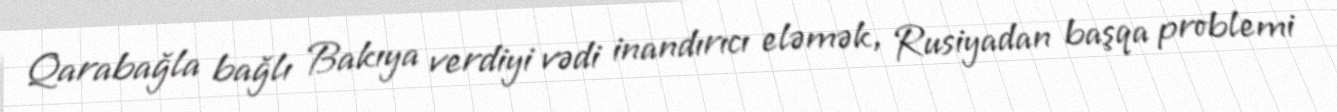
Qarabağla bağlı Bakıya verdiyi vədi inandırıcı eləmək, Rusiyadan başqa problemi